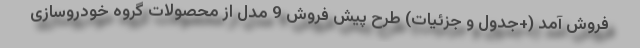
فروش آمد (+جدول و جزئیات) طرح پیش فروش 9 مدل از محصولات گروه خودروسازی